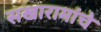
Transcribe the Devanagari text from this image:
सखारामांचे